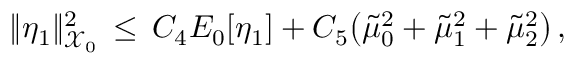
\| \eta _ { 1 } \| _ { \mathcal { X } _ { 0 } } ^ { 2 } \, \le \, C _ { 4 } E _ { 0 } [ \eta _ { 1 } ] + C _ { 5 } \bigl ( \tilde { \mu } _ { 0 } ^ { 2 } + \tilde { \mu } _ { 1 } ^ { 2 } + \tilde { \mu } _ { 2 } ^ { 2 } \bigr ) \, ,